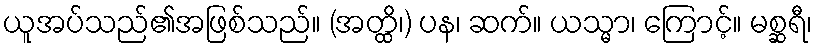
ယူအပ်သည်၏အဖြစ်သည်။ (အတ္ထိ၊) ပန၊ ဆက်။ ယသ္မာ၊ ကြောင့်။ မစ္ဆရီ၊